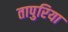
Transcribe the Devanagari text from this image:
तापुरिया